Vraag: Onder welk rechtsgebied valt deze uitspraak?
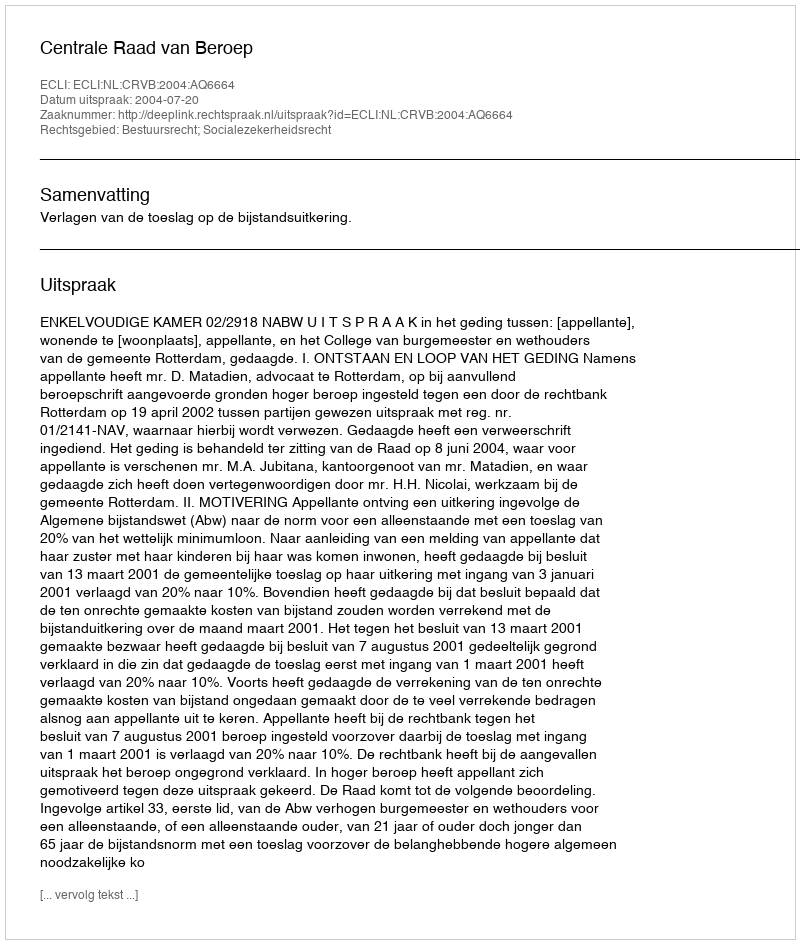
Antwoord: Bestuursrecht; Socialezekerheidsrecht